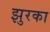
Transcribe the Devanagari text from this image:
झुरका